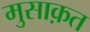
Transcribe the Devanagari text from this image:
मुसाक़त